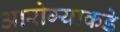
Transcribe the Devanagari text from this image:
आरोग्याकडे